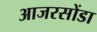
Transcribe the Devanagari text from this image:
आजरसोंडा